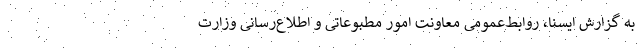
به گزارش ایسنا، روابط‌عمومی معاونت امور مطبوعاتی و اطلاع‌رسانی وزارت